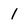
Character: 1